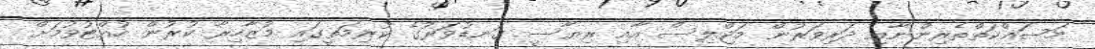
މަސައްކަތްތެރިންނާއި ދަރިވަރުން މަޖްލިސް އާއި ރިޔާސީ ގަނޑުވަރުގެ ކުރިމަތީގައި މުޒާހިރާ ކުރުން ހުއްޓުވުމަށް